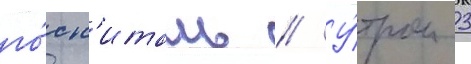
го́сп'италь // У́тром 3